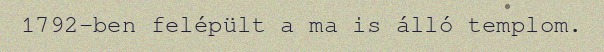
1792-ben felépült a ma is álló templom.